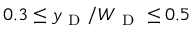
0 . 3 \leq y _ { \mathrm { ~ D ~ } } / W _ { \mathrm { ~ D ~ } } \leq 0 . 5